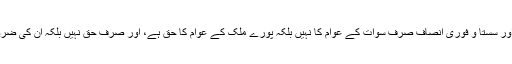
شرعی قوانین اور سستا و فوری انصاف صرف سوات کے عوام کا نہیں بلکہ پورے ملک کے عوام کا حق ہے، اور صرف حق نہیں بلکہ ان کی ضرورت بھی ہے۔